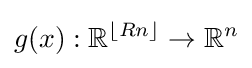
g(x):{\mathbb {R} }^{\lfloor Rn\rfloor }\rightarrow {\mathbb {R} }^{n}